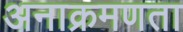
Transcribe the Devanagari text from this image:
अनाक्रमणता